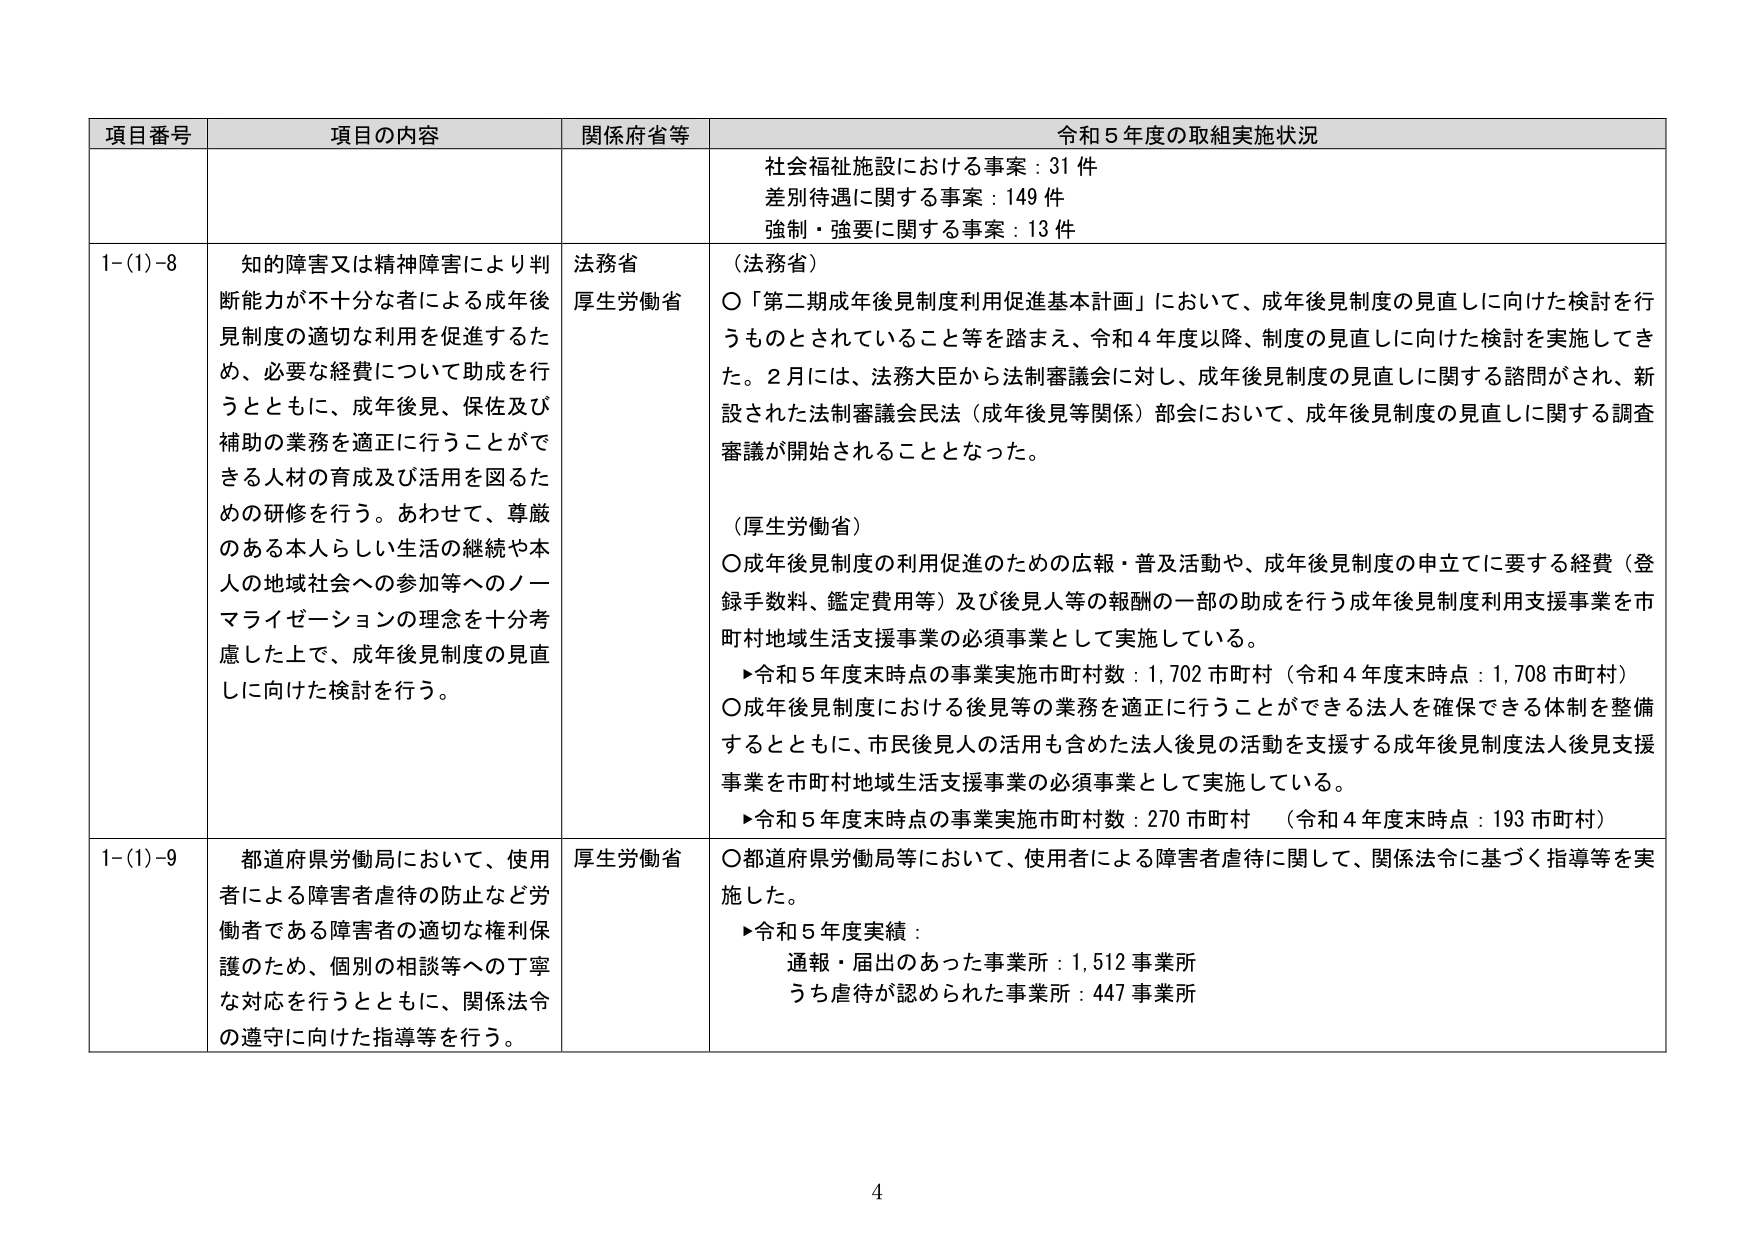
項目番号	項目の内容	関係府省等	令和５年度の取組実施状況
		社会福祉施設における事案：31件
差別待遇に関する事案：149件
強制・強要に関する事案：13件
1-(1)-8	知的障害又は精神障害により判断能力が不十分な者による成年後見制度の適切な利用を促進するため、必要な経費について助成を行うとともに、成年後見、保佐及び補助の業務を適正に行うことができる人材の育成及び活用を図るための研修を行う。あわせて、尊厳のある本人らしい生活の継続や本人の地域社会への参加等へのノーマライゼーションの理念を十分考慮した上で、成年後見制度の見直しに向けた検討を行う。	法務省
厚生労働省	（法務省）
〇「第二期成年後見制度利用促進基本計画」において、成年後見制度の見直しに向けた検討を行うものとされていること等を踏まえ、令和４年度以降、制度の見直しに向けた検討を実施してきた。２月には、法務大臣から法制審議会に対し、成年後見制度の見直しに関する諮問がされ、新設された法制審議会民法（成年後見等関係）部会において、成年後見制度の見直しに関する調査審議が開始されることとなった。

（厚生労働省）
〇成年後見制度の利用促進のための広報・普及活動や、成年後見制度の申立てに要する経費（登録手数料、鑑定費用等）及び後見人等の報酬の一部の助成を行う成年後見制度利用支援事業を市町村地域生活支援事業の必須事業として実施している。
▶令和５年度末時点の事業実施市町村数：1,702市町村（令和４年度末時点：1,708市町村）
〇成年後見制度における後見等の業務を適正に行うことができる法人を確保できる体制を整備するとともに、市民後見人の活用も含めた法人後見の活動を支援する成年後見制度法人後見支援事業を市町村地域生活支援事業の必須事業として実施している。
▶令和５年度末時点の事業実施市町村数：270市町村　（令和４年度末時点：193市町村）
1-(1)-9	都道府県労働局において、使用者による障害者虐待の防止など労働者である障害者の適切な権利保護のため、個別の相談等への丁寧な対応を行うとともに、関係法令の遵守に向けた指導等を行う。	厚生労働省	〇都道府県労働局等において、使用者による障害者虐待に関して、関係法令に基づく指導等を実施した。
▶令和５年度実績：
通報・届出のあった事業所：1,512事業所
うち虐待が認められた事業所：447事業所

4